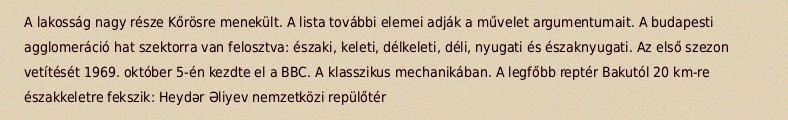
A lakosság nagy része Kőrösre menekült. A lista további elemei adják a művelet argumentumait. A budapesti agglomeráció hat szektorra van felosztva: északi, keleti, délkeleti, déli, nyugati és északnyugati. Az első szezon vetítését 1969. október 5-én kezdte el a BBC. A klasszikus mechanikában. A legfőbb reptér Bakutól 20 km-re északkeletre fekszik: Heydər Əliyev nemzetközi repülőtér